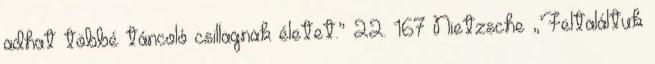
adhat többé táncoló csillagnak életet.” 22. 167 Nietzsche „’Feltaláltuk